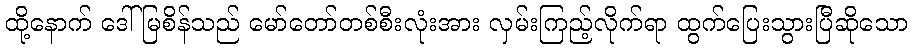
ထို့နောက် ဒေါ်မြစိန်သည် မော်တော်တစ်စီးလုံးအား လှမ်းကြည့်လိုက်ရာ ထွက်ပြေးသွားပြီဆိုသော